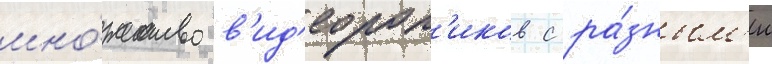
мно́жество в'ид'еорол'иков с ра́зным'и